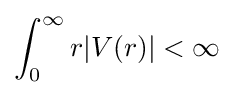
\int _{0}^{\infty }r|V(r)|<\infty